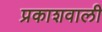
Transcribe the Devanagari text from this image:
प्रकाशवाली